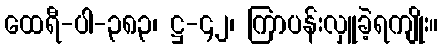
ထေရီ-ပါ-၃၈၃၊ ဋ္ဌ-၄၂၊ ကြာပန်းလှူခဲ့ရကျိုး။